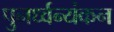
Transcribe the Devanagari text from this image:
पुनर्ध्वन्यंकन